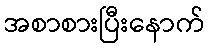
အစာစားပြီးနောက်